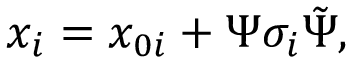
x _ { i } = x _ { 0 i } + \Psi \sigma _ { i } \tilde { \Psi } ,